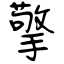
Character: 擎